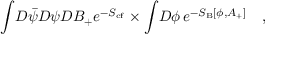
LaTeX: \int \! D \bar { \psi } D \psi D B _ { + } e ^ { - S _ { \mathrm { { c f } } } } \times \int \! D \phi \, e ^ { - S _ { \mathrm { { B } } } [ \phi , A _ { + } ] } \quad ,